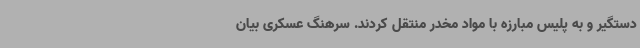
دستگیر و به پلیس مبارزه با مواد مخدر منتقل کردند. سرهنگ عسکری بیان